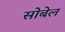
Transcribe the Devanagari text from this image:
सोबेल